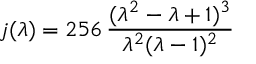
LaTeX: j ( \lambda ) = 2 5 6 \, \frac { ( \lambda ^ { 2 } - \lambda + 1 ) ^ { 3 } } { \lambda ^ { 2 } ( \lambda - 1 ) ^ { 2 } }